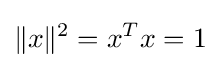
\|x\|^{2}=x^{T}x=1